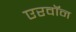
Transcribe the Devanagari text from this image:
एरवॉन